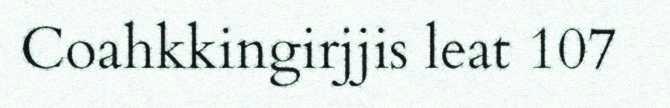
Coahkkingirjjis leat 107